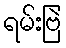
ရမ်းဗြဲ